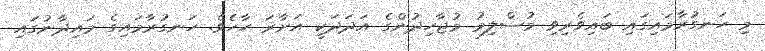
މި ހަނގުރާމައިގައި ބައިވެރިވި މުސްލިމު މުޖާހިދުންގެ އަދަދަކީ އަށާރަ ހާހެވެ. ހަނގުރާމައިގެ މައިދާނުގައި